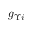
g _ { \Upsilon i }